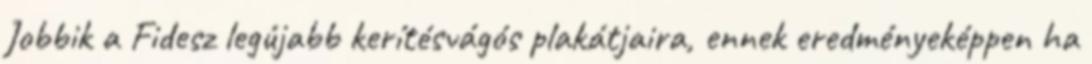
Jobbik a Fidesz legújabb kerítésvágós plakátjaira, ennek eredményeképpen ha